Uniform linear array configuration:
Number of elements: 8
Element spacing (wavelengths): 1
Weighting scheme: exponential
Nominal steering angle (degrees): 45
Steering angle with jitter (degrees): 45.011
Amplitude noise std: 0.05
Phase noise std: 0.05

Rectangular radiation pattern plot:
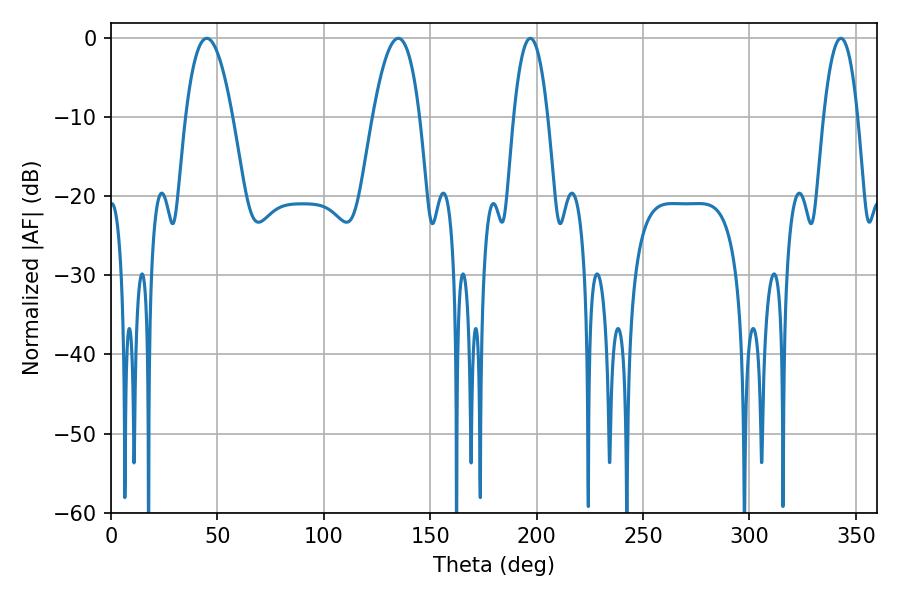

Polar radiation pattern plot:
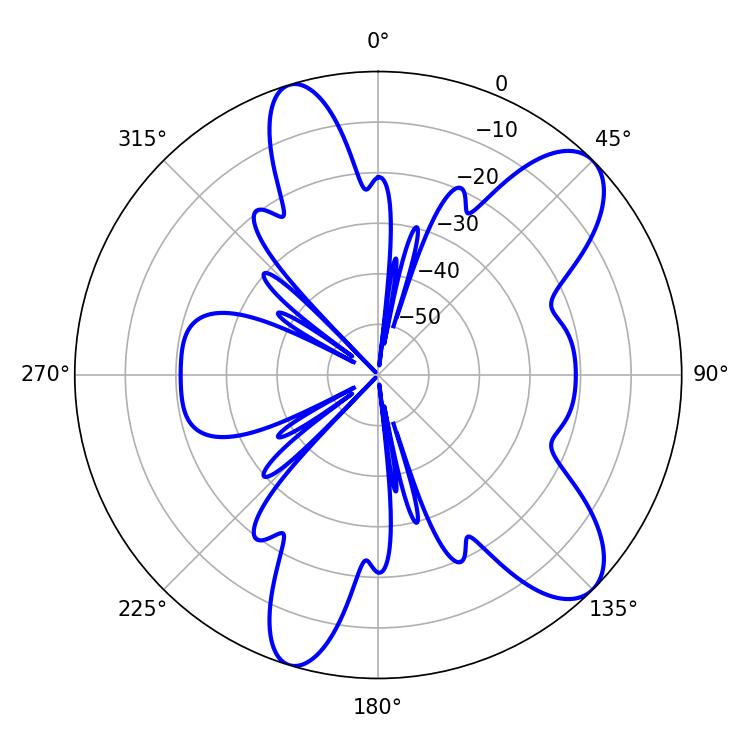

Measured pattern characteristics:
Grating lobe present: TRUE
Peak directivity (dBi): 9.449
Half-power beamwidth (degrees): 12.24
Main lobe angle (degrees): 45